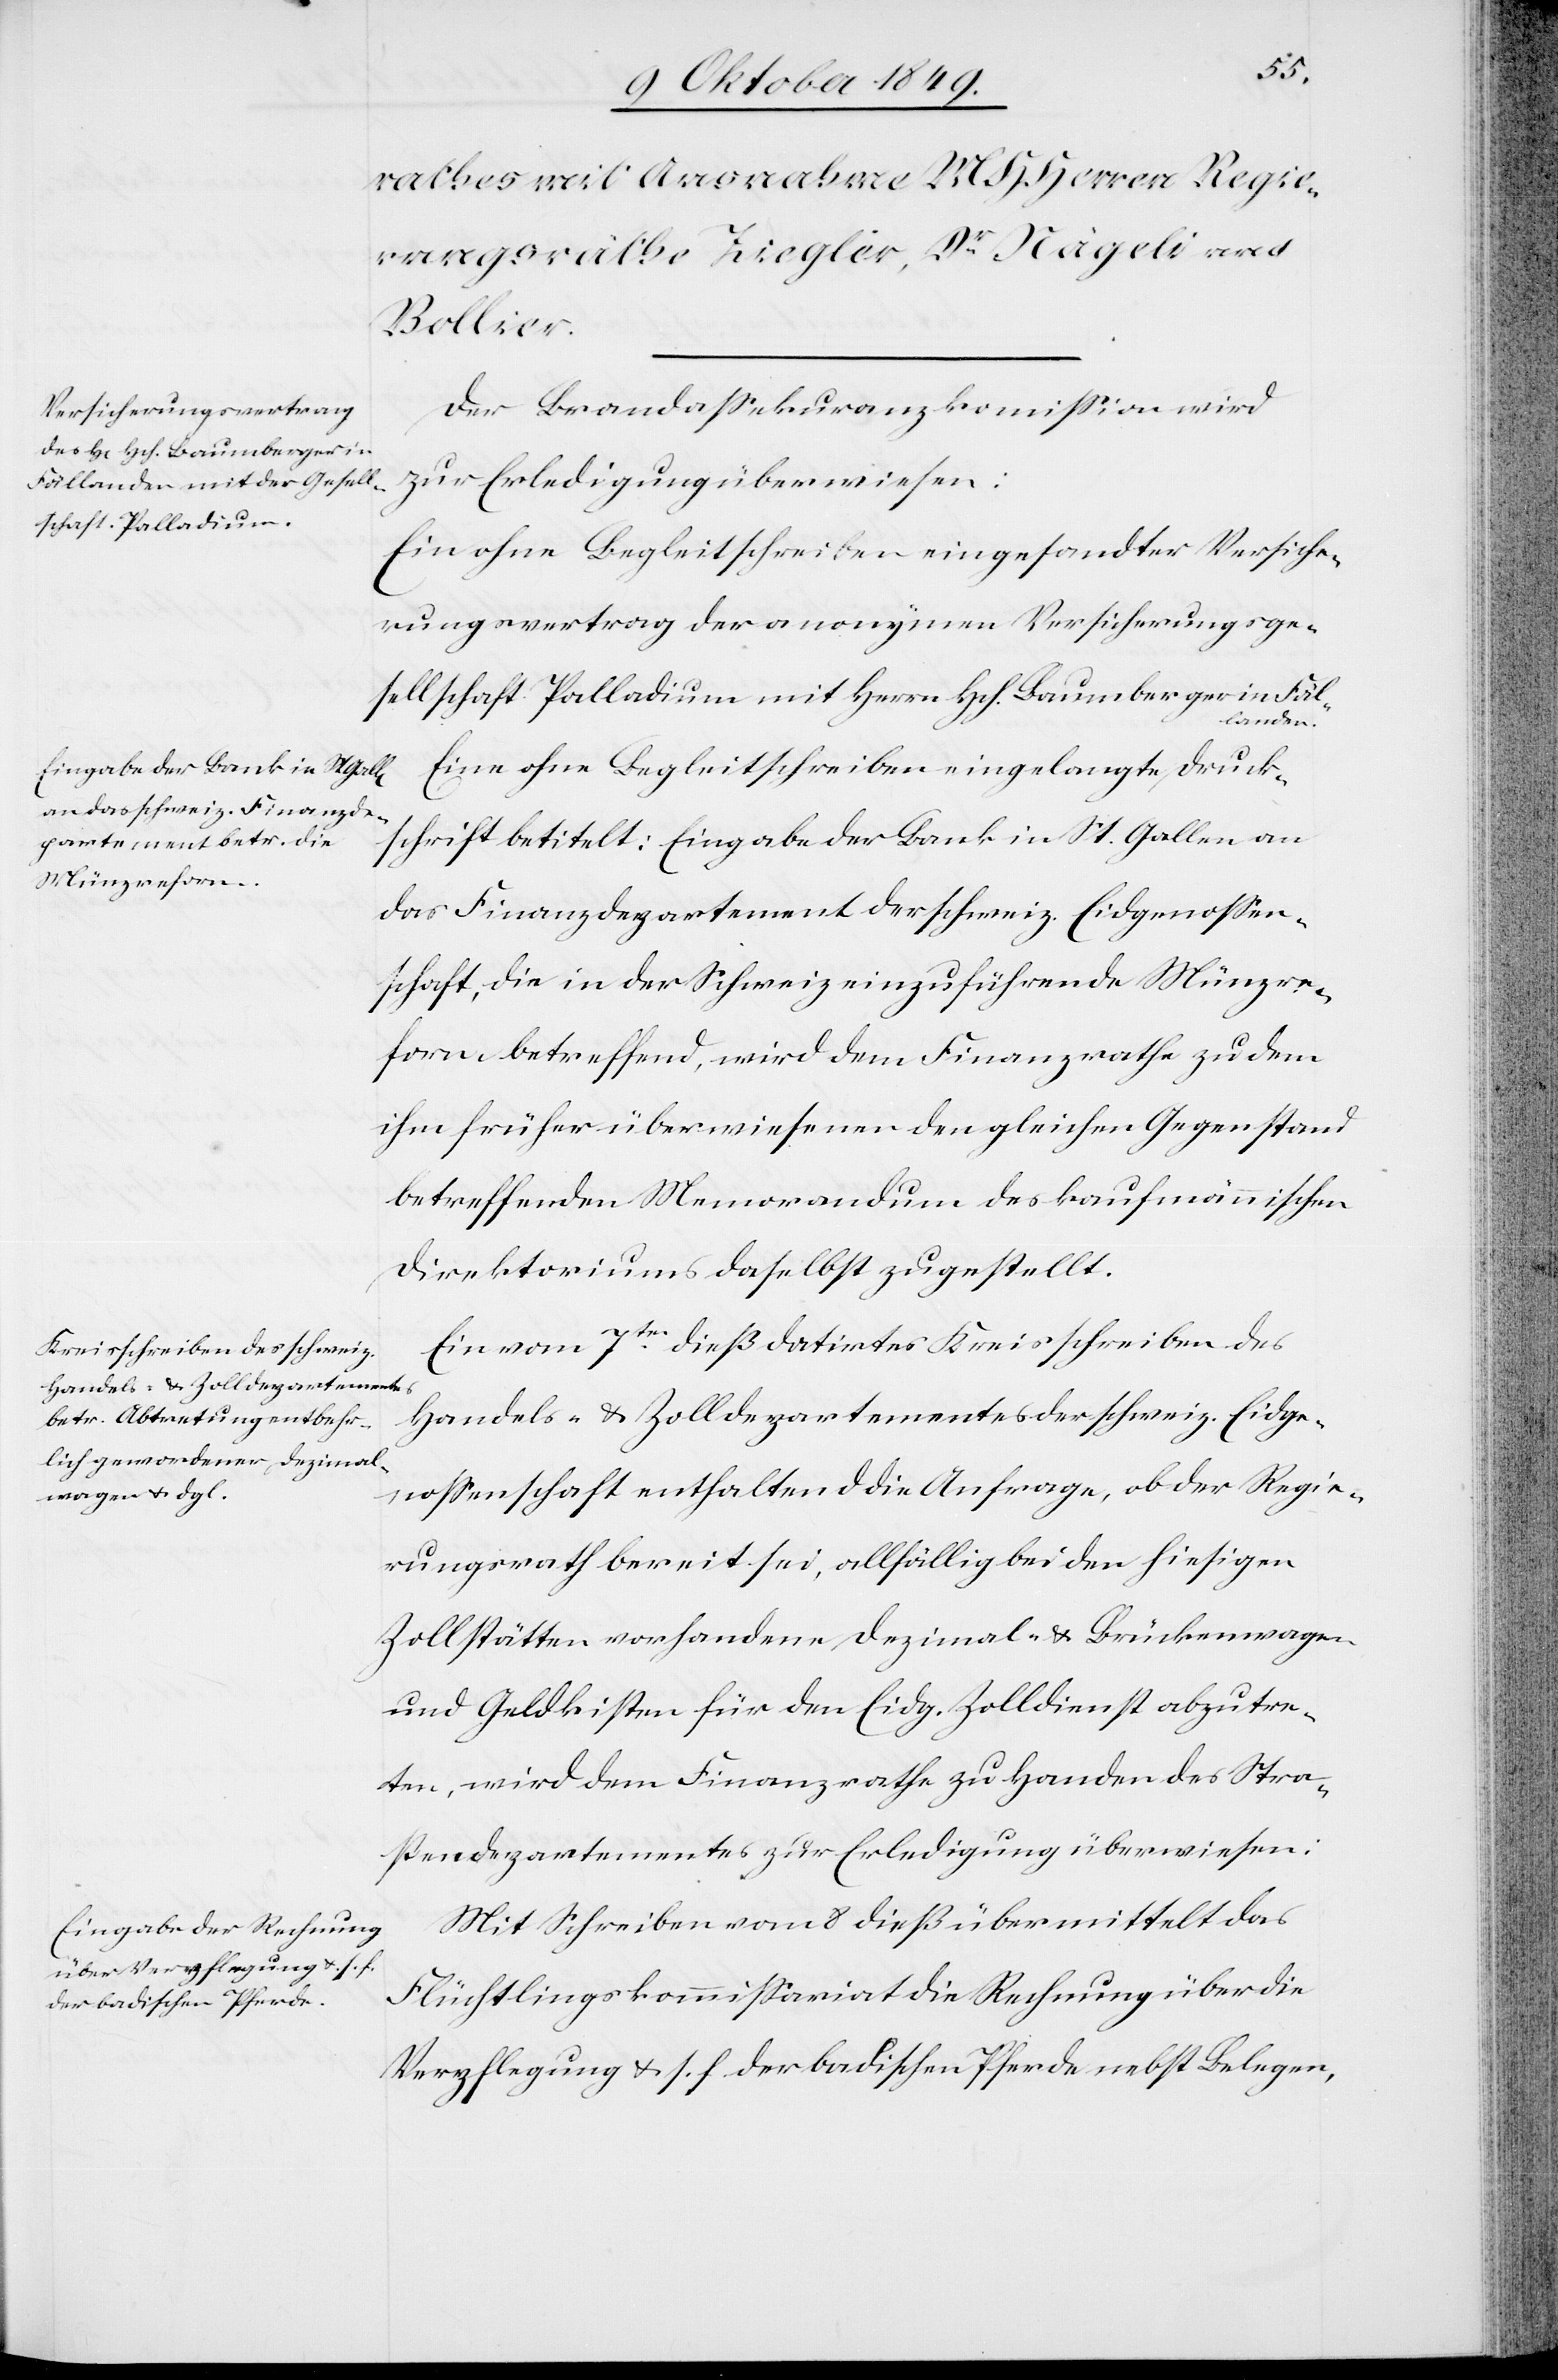
Der Brandaßekuranzkommißion wird
zur Erledigung überwiesen:
Ein ohne Begleitschreiben eingesandter Versiche¬
rungsvertrag der anonymen Versicherungsge¬
sellschaft Palladium mit Herrn Hch. Baumberger in Fäl¬
landen.
Eine ohne Begleitschreiben eingelangte Druck¬
schrift betitelt: Eingabe der Bank in St. Gallen an
das Finanzdepartement der schweiz. Eidgenossen¬
schaft, die in der Schweiz einzuführende Münzre¬
form betreffend, wird dem Finanzrathe zu dem
ihm früher überwiesenen den gleichen Gegenstand
betreffenden Memorandum des kaufmännischen
Direktoriums daselbst zugestellt.
Ein vom 7ten dieß datirtes Kreisschreiben des
Handels- u. Zolldepartementes der schweiz. Eidge¬
nossenschaft enthaltend die Anfrage, ob der Regie¬
rungsrath bereit sei, allfällig bei den hiesigen
Zollstätten vorhandene Dezimal- u. Brückenwagen
und Geldkisten für den Eidg. Zolldienst abzutre¬
ten, wird dem Finanzrathe zu Handen des Stra¬
ßendepartementes zur Erledigung überwiesen:
Mit Schreiben vom 8 dieß übermittelt das
Flüchtlingskommißariat die Rechnung über die
Verpflegung u. s. f. der badischen Pferde nebst Belegen,